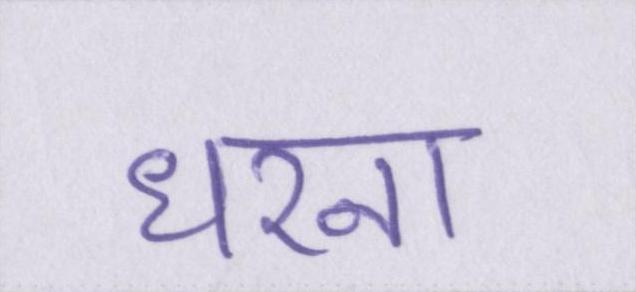
धरना